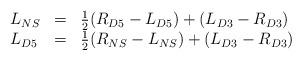
LaTeX: \begin{align*}\begin{array}{lll}L_{NS} &=& \frac{1}{2}(R_{D5}-L_{D5}) +(L_{D3}-R_{D3}) \\L_{D5} &=& \frac{1}{2}(R_{NS}-L_{NS}) +(L_{D3}-R_{D3})\end{array}\end{align*}